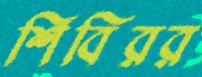
শিবিরর